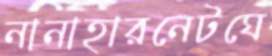
নানাহারনেটঘে